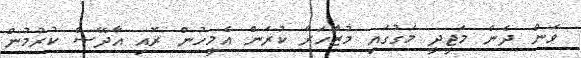
ވަން ދެން މަޖީދީ މަގުގައި މުޒާހަރާ ކުރަން އެމީހުން ރޮއި އާދޭސް ކުރުމުން